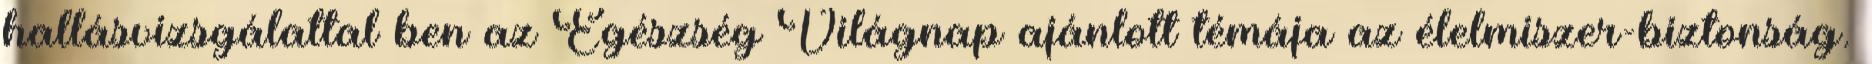
hallásvizsgálattal ben az Egészség Világnap ajánlott témája az élelmiszer-biztonság.